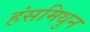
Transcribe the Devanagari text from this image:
हंसमिथुन